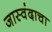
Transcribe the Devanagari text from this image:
जास्वंदाचा